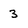
Character: 3